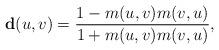
LaTeX: \begin{align*}\mathbf{d}(u, v) = \frac{1- m(u,v)m(v,u)}{1 + m(u,v)m(v,u)}, \end{align*}